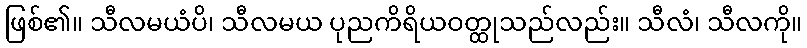
ဖြစ်၏။ သီလမယံပိ၊ သီလမယ ပုညကိရိယဝတ္ထုသည်လည်း။ သီလံ၊ သီလကို။